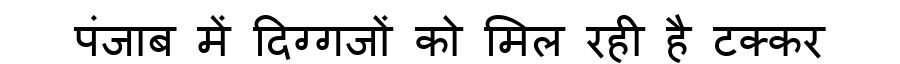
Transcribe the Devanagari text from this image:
पंजाब में दिग्गजों को मिल रही है टक्कर